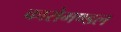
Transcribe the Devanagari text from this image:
कारोमण्डल